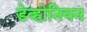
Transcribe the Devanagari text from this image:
डेव्होनियन